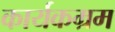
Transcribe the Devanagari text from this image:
कार्यकम्रम